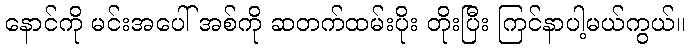
နောင်ကို မင်းအပေါ် အစ်ကို ဆတက်ထမ်းပိုး တိုးပြီး ကြင်နာပါ့မယ်ကွယ်။